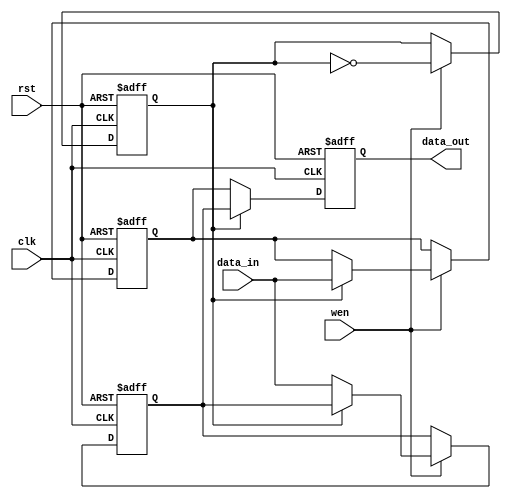
module double_buffer_register #(
    parameter DATA_WIDTH = 8  // Parameter for the width of the data
)(
    input wire clk,            // Clock input
    input wire rst,            // Asynchronous reset
    input wire wen,            // Write enable signal
    input wire [DATA_WIDTH-1:0] data_in, // Data input
    output reg [DATA_WIDTH-1:0] data_out   // Data output
);

    // Internal registers for the double buffering
    reg [DATA_WIDTH-1:0] Reg_A; // First register
    reg [DATA_WIDTH-1:0] Reg_B; // Second register
    reg toggle;                 // Control signal to toggle between registers

    always @(posedge clk or posedge rst) begin
        if (rst) begin
            // Clear both registers on reset
            Reg_A <= 0;
            Reg_B <= 0;
            data_out <= 0;
            toggle <= 0; // Initial state of toggle
        end else begin
            if (wen) begin
                // Write to the active register based on toggle
                if (toggle) begin
                    Reg_A <= data_in; // Write to Reg_A
                end else begin
                    Reg_B <= data_in; // Write to Reg_B
                end
                // Toggle for next write
                toggle <= ~toggle;
            end
            // Output from non-active register
            if (toggle) begin
                data_out <= Reg_B; // Output data from Reg_B
            end else begin
                data_out <= Reg_A; // Output data from Reg_A
            end
        end
    end

endmodule